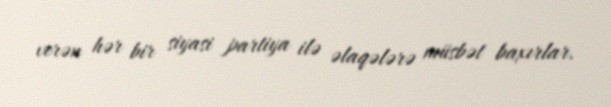
verən hər bir siyasi partiya ilə əlaqələrə müsbət baxırlar.